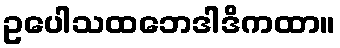
ဥပေါသထဘေဒါဒိကထာ။